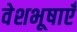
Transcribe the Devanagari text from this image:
वेशभूषाएँ